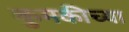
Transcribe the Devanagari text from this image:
कुमकीच्या